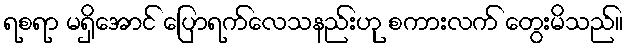
ရစရာ မရှိအောင် ပြောရက်လေသနည်းဟု စကားလက် တွေးမိသည်။